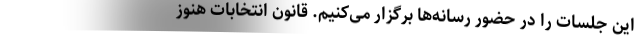
این جلسات را در حضور رسانه‌ها برگزار می‌کنیم. قانون‌ انتخابات هنوز